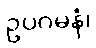
ဥပဂမနံ၊